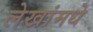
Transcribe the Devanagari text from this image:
लेखांमधे